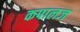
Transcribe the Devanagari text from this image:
कपालज